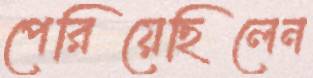
পেরিয়েছিলেন